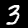
Digit: 3